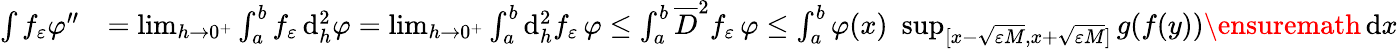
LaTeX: \begin{array}{rl}{\int f_{\varepsilon}\varphi^{\prime\prime}}&{=\operatorname*{lim}_{h\to 0^{+}}\int_{a}^{b}f_{\varepsilon}\, \mathrm{d}_{h}^{2}\varphi=\operatorname*{lim}_{h\to 0^{+}}\int_{a}^{b}\mathrm{d}_{h}^{2}f_{\varepsilon}\, \varphi\le\int_{a}^{b}\overline{{D}}^{2}f_{\varepsilon}\, \varphi\le\int_{a}^{b}\varphi(x)\, \, \operatorname*{sup}_{[x-\sqrt{\varepsilon M},x+\sqrt{\varepsilon M}]}g(f(y))\ensuremath{\, \mathrm d}x}\end{array}